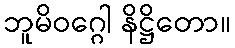
ဘူမိဝဂ္ဂေါ နိဋ္ဌိတော။